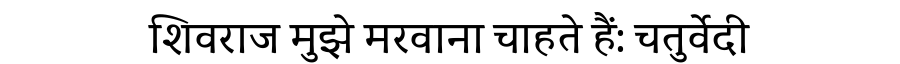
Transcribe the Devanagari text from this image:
शिवराज मुझे मरवाना चाहते हैं: चतुर्वेदी